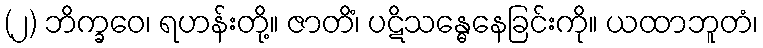
(၂) ဘိက္ခဝေ၊ ရဟန်းတို့။ ဇာတိံ၊ ပဋိသန္ဓေနေခြင်းကို။ ယထာဘူတံ၊